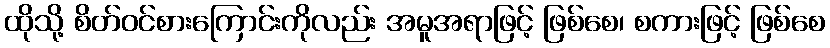
ထိုသို့ စိတ်ဝင်စားကြောင်းကိုလည်း အမူအရာဖြင့် ဖြစ်စေ၊ စကားဖြင့် ဖြစ်စေ